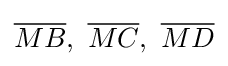
{\overline {MB}},\ {\overline {MC}},\ {\overline {MD}}